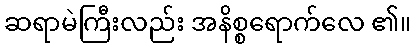
ဆရာမဲကြီးလည်း အနိစ္စရောက်လေ ၏။